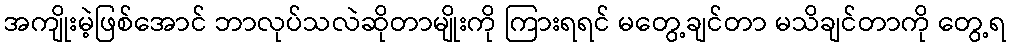
အကျိုးမဲ့ဖြစ်အောင် ဘာလုပ်သလဲဆိုတာမျိုးကို ကြားရရင် မတွေ့ချင်တာ မသိချင်တာကို တွေ့ရ